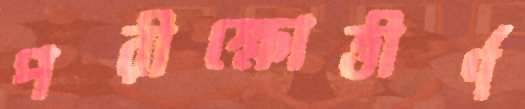
পরীক্ষোত্তীর্ণ